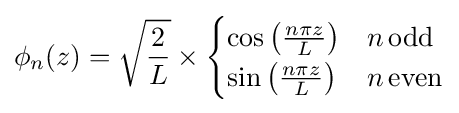
\phi _{n}(z)={\sqrt {\frac {2}{L}}}\times {\begin{cases}\cos \left({\frac {n\pi z}{L}}\right)&n\,{\text{odd}}\\\sin \left({\frac {n\pi z}{L}}\right)&n\,{\text{even}}\end{cases}}